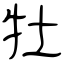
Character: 牡